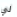
لي